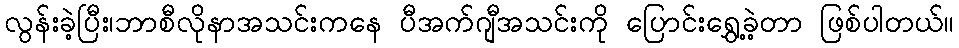
လွန်းခဲ့ပြီး၊ဘာစီလိုနာအသင်းကနေ ပီအက်ဂျီအသင်းကို ပြောင်းရွှေ့ခဲ့တာ ဖြစ်ပါတယ်။